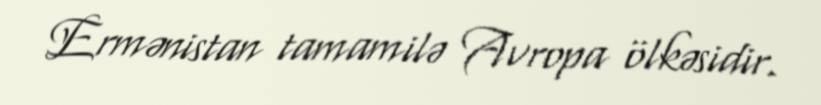
Ermənistan tamamilə Avropa ölkəsidir.